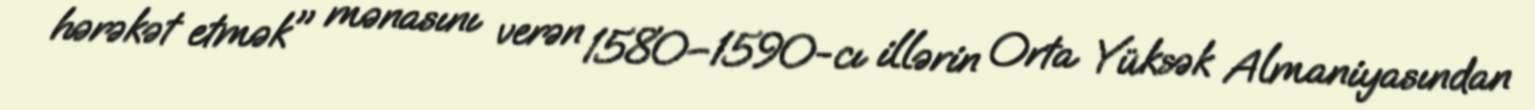
hərəkət etmək" mənasını verən 1580–1590-cı illərin Orta Yüksək Almaniyasından